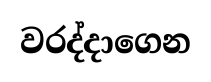
වරද්දාගෙන